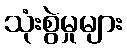
သုံးစွဲမှုများ